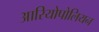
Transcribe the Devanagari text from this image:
आरियोपोलियन